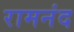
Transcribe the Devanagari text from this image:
रामनंद